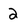
Character: 2